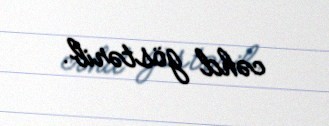
cəhd göstərib.